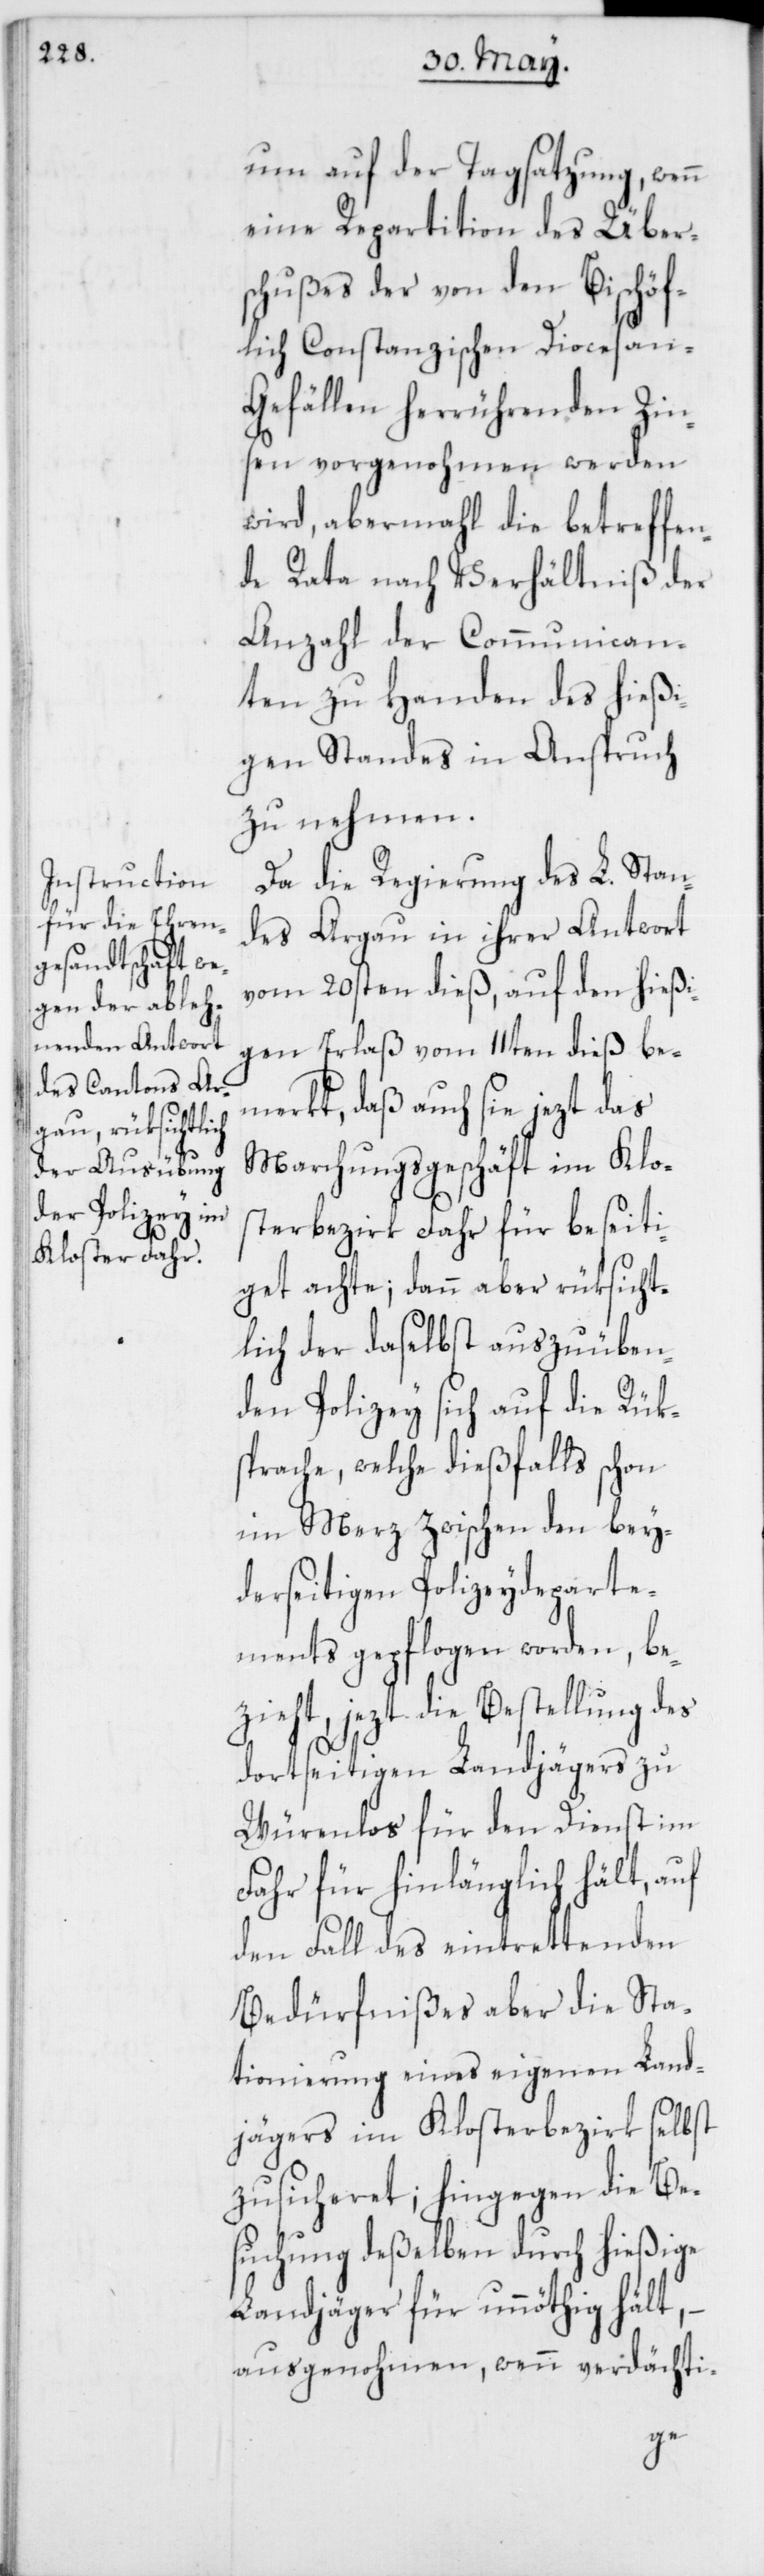
um auf der Tagsatzung, wenn
eine Repartition des Über¬
schußes der von den Bischöf¬
lich Constanzischen Diocesa¬
n-Gefällen herrührenden Zin¬
sen vorgenohmen werden
wird, abermahl die betreffen¬
de Rata nach Verhältniß der
Anzahl der Communican¬
ten zu Handen des hießi¬
gen Standes in Anspruch
zu nehmen.
Da die Regierung des L. Stan¬
des Argau in ihrer Antwort
vom 20sten dieß, auf den hießi¬
gen Erlaß vom 11ten dieß be¬
merkt, daß auch sie jezt das
Marchungsgeschäft im Klo¬
sterbezirk Fahr für beseiti¬
get achte; dann aber rüksicht¬
lich der daselbst auszuüben¬
den Polizey sich auf die Rük¬
sprache, welche dießfalls schon
im Merz zwischen den bey¬
derseitigen Polizeydeparte¬
ments gepflogen worden, be¬
zieht, jezt die Bestellung des
dortseitigen Landjägers zu
Würenlos für den Dienst im
Fahr für hinlänglich hält, auf
den Fall des eintrettenden
Bedürfnißes aber die Sta¬
tionierung eines eigenen Land¬
jägers im Klosterbezirk selbst
zusicheret; hingegen die Be¬
suchung deßelben durch hießige
Landjäger für unnöthig hält,
ausgenohmen, wenn verdächti-